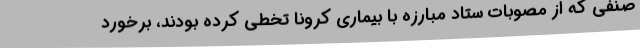
صنفی که از مصوبات ستاد مبارزه با بیماری کرونا تخطی کرده بودند، برخورد